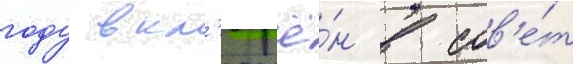
году вкл'ючё́н в сов'е́т